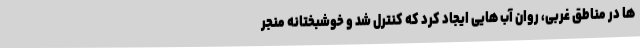
ها در مناطق غربی، روان آب هایی ایجاد کرد که کنترل شد و خوشبختانه منجر